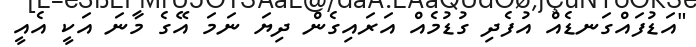
"އަޑުފައްގަނޑެއް އުފެދި ގުޑުމެއް އަރައިގެން ދިޔަ ނަމަ އޭގެ މާނަ އަކީ އެއީ